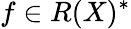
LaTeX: f\in R(X)^{*}